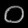
Digit: ၀